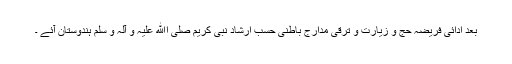
بعد ادائی فریضۂ حج و زیارت و ترقی مدارج باطنی حسب ارشاد نبی کریم صلی اﷲ علیہ و آلہٖ و سلم ہندوستان آئے ۔